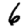
Digit: 6